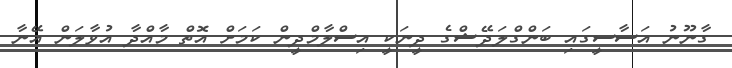
ގާނޫނު އަސާސީގައި ބަންގްލަދޭޝްގެ ދީނަކީ އިސްލާމްދީން ކަމަށް އޮތް މާއްދާ އުވާލަން އޭނާ